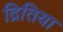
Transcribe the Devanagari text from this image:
द्रितिया